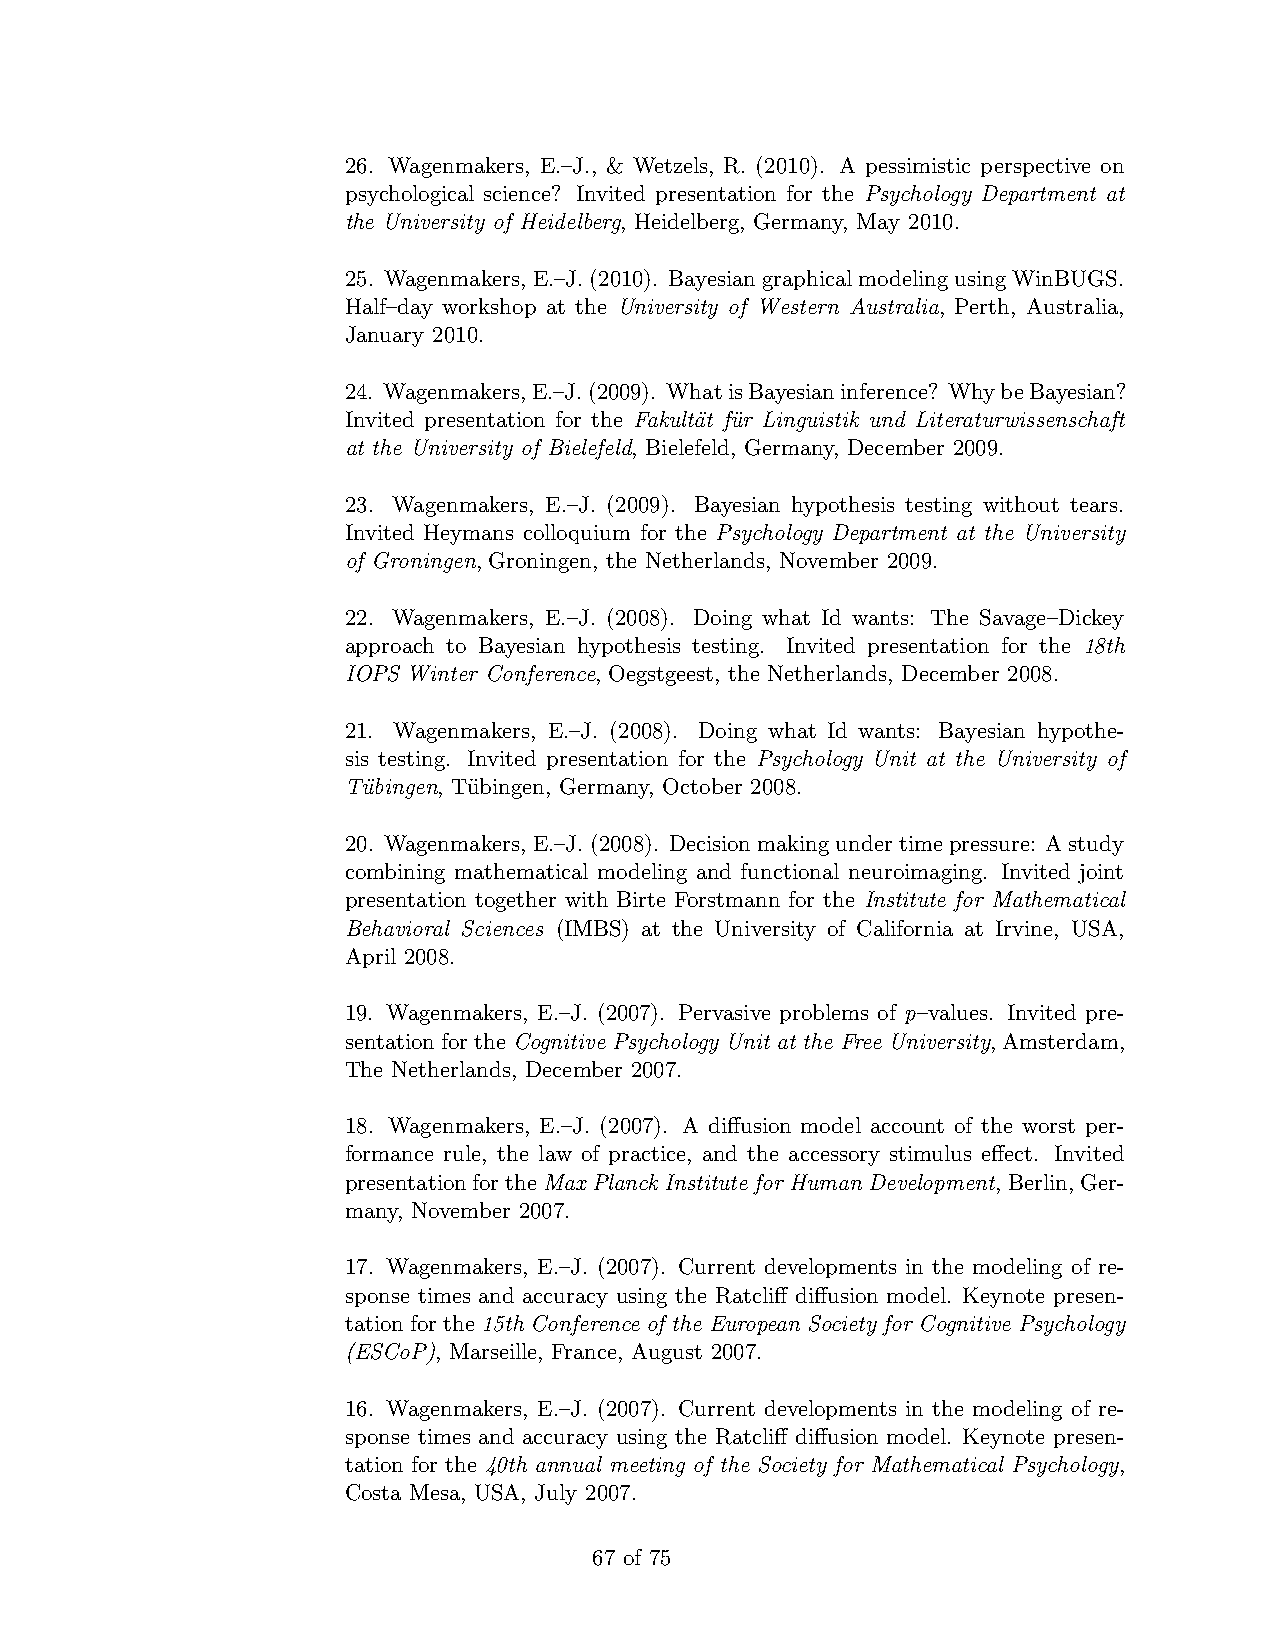
26. Wagenmakers, E.–J., & Wetzels, R. (2010). A pessimistic perspective on
 psychological science? Invited presentation for the Psychology Department at
 the University of Heidelberg, Heidelberg, Germany, May 2010.
 25. Wagenmakers,E.–J.(2010). BayesiangraphicalmodelingusingWinBUGS.
 Half–day workshop at the University of Western Australia, Perth, Australia,
 January 2010.
 24. Wagenmakers,E.–J.(2009). WhatisBayesianinference? WhybeBayesian?
 Invited presentation for the Fakult¨at fu¨r Linguistik und Literaturwissenschaft
 at the University of Bielefeld, Bielefeld, Germany, December 2009.
 23. Wagenmakers, E.–J. (2009). Bayesian hypothesis testing without tears.
 Invited Heymans colloquium for the Psychology Department at the University
 of Groningen, Groningen, the Netherlands, November 2009.
 22. Wagenmakers, E.–J. (2008). Doing what Id wants: The Savage–Dickey
 approach to Bayesian hypothesis testing. Invited presentation for the 18th
 IOPS Winter Conference, Oegstgeest, the Netherlands, December 2008.
 21. Wagenmakers, E.–J. (2008). Doing what Id wants: Bayesian hypothe-
 sis testing. Invited presentation for the Psychology Unit at the University of
 Tu¨bingen, Tu¨bingen, Germany, October 2008.
 20. Wagenmakers, E.–J.(2008). Decisionmakingundertimepressure: Astudy
 combining mathematical modeling and functional neuroimaging. Invited joint
 presentation together with Birte Forstmann for the Institute for Mathematical
 Behavioral Sciences (IMBS) at the University of California at Irvine, USA,
 April 2008.
 19. Wagenmakers, E.–J. (2007). Pervasive problems of p–values. Invited pre-
 sentation for theCognitive Psychology Unit at the Free University, Amsterdam,
 The Netherlands, December 2007.
 18. Wagenmakers, E.–J. (2007). A diffusion model account of the worst per-
 formance rule, the law of practice, and the accessory stimulus effect. Invited
 presentationfortheMax Planck Institute for Human Development,Berlin,Ger-
 many, November 2007.
 17. Wagenmakers, E.–J. (2007). Current developments in the modeling of re-
 sponse times and accuracy using the Ratcliff diffusion model. Keynote presen-
 tationforthe15th Conference of the European Society for Cognitive Psychology
 (ESCoP), Marseille, France, August 2007.
 16. Wagenmakers, E.–J. (2007). Current developments in the modeling of re-
 sponse times and accuracy using the Ratcliff diffusion model. Keynote presen-
 tation for the 40th annual meeting of the Society for Mathematical Psychology,
 Costa Mesa, USA, July 2007.
 67 of 75